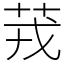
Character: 茙